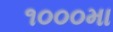
૧૦૦૦મા